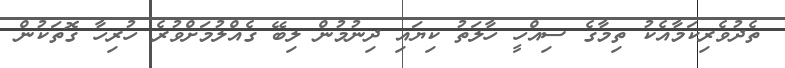
ތެދުވެރިކަމާއެކު ތިމާގެ ސިއްހީ ހާލަތު ކިޔައި ދިނުމުން ލިބޭ ގެއްލުމަށްވުރެ ހުރިހާ ގޮތަކުން